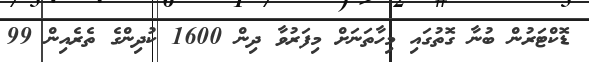
ޑޮކްޓަރުން ބުނާ ގޮތުގައި މިހާތަނަށް މިފަރުވާ ދިން 1600 ކުދިންގެ ތެރެއިން 99